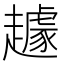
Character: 䟊